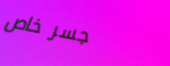
جسر خاص